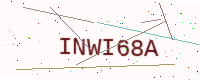
Text: INWI68A